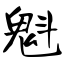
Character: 魁